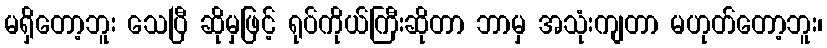
မရှိတော့ဘူး သေပြီ ဆိုမှဖြင့် ရုပ်ကိုယ်ကြီးဆိုတာ ဘာမှ အသုံးကျတာ မဟုတ်တော့ဘူး၊